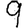
Digit: 9